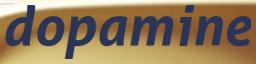
dopamine